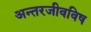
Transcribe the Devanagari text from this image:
अन्तरजीवविष